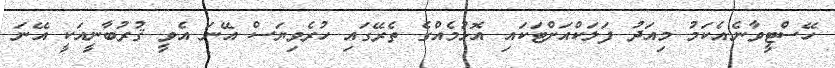
ހޭސްޓީވާނެ.އެކަމު މިއަދު ފަަލަކްއަށްޓަކައި އޮޅުމެއްގެ ތެރޭގައި ހުރެވިޔަސް އޭނަ އެވީ ޤުރުބާނީއަކީ އޭނަ